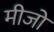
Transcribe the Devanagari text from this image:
मीजो